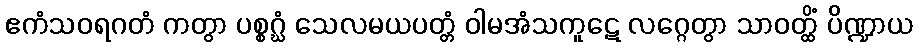
ဧကံသဝရဂတံ ကတွာ ပစ္စဂ္ဃံ သေလမယပတ္တံ ဝါမအံသကူဋေ လဂ္ဂေတွာ သာဝတ္ထိံ ပိဏ္ဍာယ